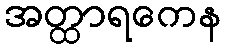
အတ္ထာရကေန